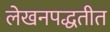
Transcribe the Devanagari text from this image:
लेखनपद्धतीत